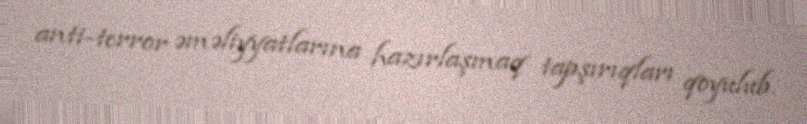
anti-terror əməliyyatlarına hazırlaşmaq tapşırıqları qoyulub.